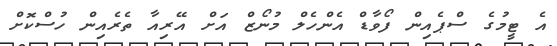
އެ ޓީމުގެ ސްޕެއިން ފޯވާޑް އެންހެލް މުނޯޒް އަށް އޭރިއާ ތެރެއިން ހުސްކޮށް